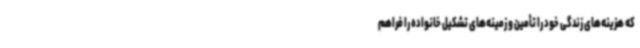
که هزینه‌های زندگی خود را تأمین و زمینه‌های تشکیل خانواده را فراهم